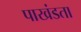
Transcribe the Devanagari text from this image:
पाखंडता